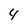
Character: 4